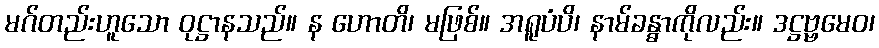
မဂ်တည်းဟူသော ဝုဋ္ဌာနသည်။ န ဟောတိ၊ မဖြစ်။ အရူပံပိ၊ နာမ်ခန္ဓာကိုလည်း။ ဒဋ္ဌဗ္ဗမေဝ၊